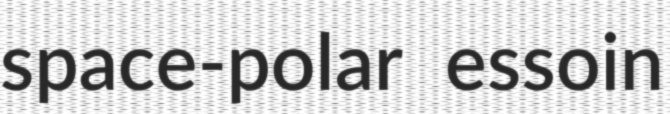
space-polar essoin